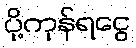
ပို့ကုန်ရငွေ